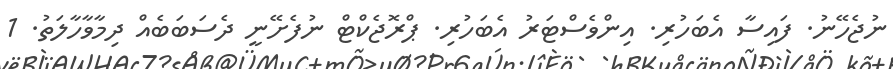
ނުޖެހޭނު. ފައިސާ އެބަހުރި. އިންވެސްޓަރު އެބަހުރި. ޕްރޮޖެކްޓް ނުފެށޭނީ ދެސަބަބެއް ދިމާވާހާލަތު. 1